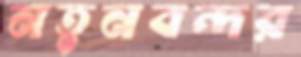
নতুনবন্দর